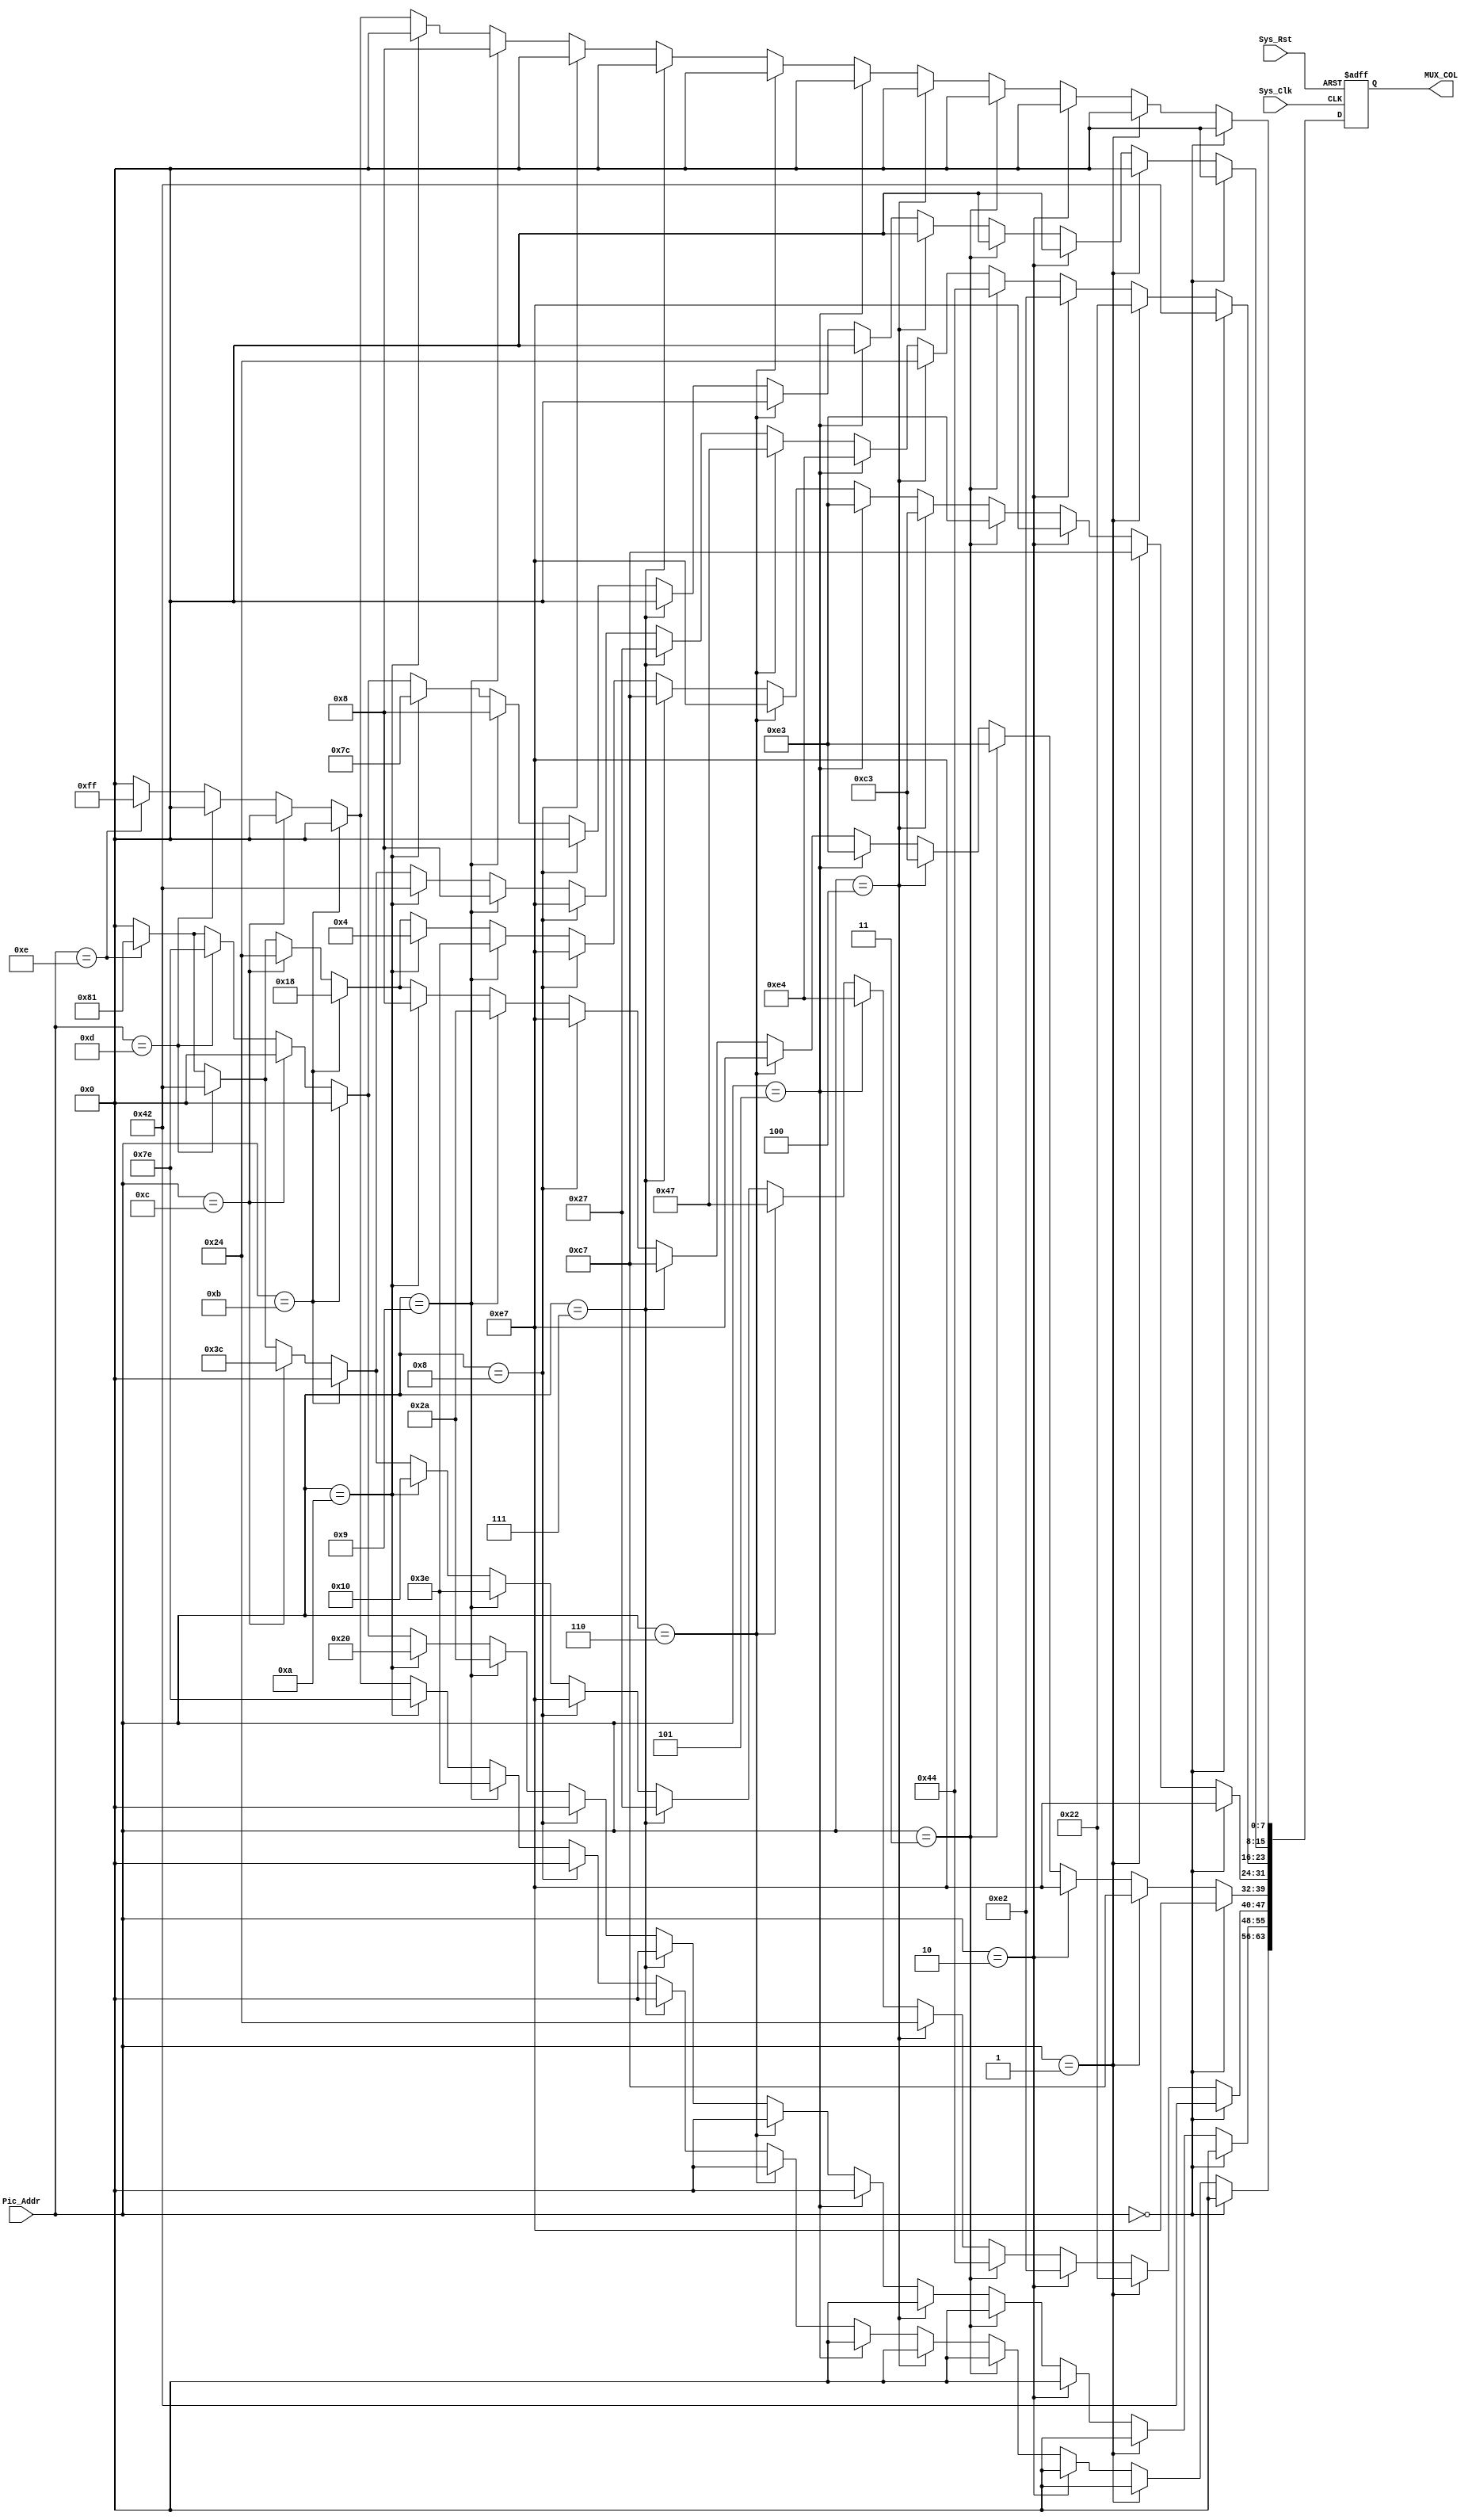
module MUX(
    input wire [7:0] Pic_Addr,
    input Sys_Clk,
    input Sys_Rst,
    output reg [63:0] MUX_COL
    );

    always@(posedge Sys_Clk or negedge Sys_Rst)begin
        if(!Sys_Rst)
            MUX_COL<=64'h0;
        else if(Pic_Addr==8'h00)begin//左石头右石头   地址：0x00
            MUX_COL[7 :0 ]<=8'h00;MUX_COL[15:8 ]<=8'h00;
            MUX_COL[23:16]<=8'h42;MUX_COL[31:24]<=8'hE7;
            MUX_COL[39:32]<=8'hE7;MUX_COL[47:40]<=8'h42;
            MUX_COL[55:48]<=8'h00;MUX_COL[63:56]<=8'h00;
        end
        else if(Pic_Addr==8'h01)begin//左石头右剪刀   地址：0x01
            MUX_COL[7 :0 ]<=8'h00;MUX_COL[15:8 ]<=8'h00;
            MUX_COL[23:16]<=8'h22;MUX_COL[31:24]<=8'hC7;
            MUX_COL[39:32]<=8'hC7;MUX_COL[47:40]<=8'h22;
            MUX_COL[55:48]<=8'h00;MUX_COL[63:56]<=8'h00;            
        end
        else if(Pic_Addr==8'h02)begin//左石头右布    地址：0x02
            MUX_COL[7 :0 ]<=8'h00;MUX_COL[15:8 ]<=8'h00;
            MUX_COL[23:16]<=8'hE2;MUX_COL[31:24]<=8'hE7;
            MUX_COL[39:32]<=8'hE7;MUX_COL[47:40]<=8'hE2;
            MUX_COL[55:48]<=8'h00;MUX_COL[63:56]<=8'h00;            
        end
        else if(Pic_Addr==8'h03)begin//左剪刀右石头   地址：0x03
            MUX_COL[7 :0 ]<=8'h00;MUX_COL[15:8 ]<=8'h00;
            MUX_COL[23:16]<=8'h44;MUX_COL[31:24]<=8'hE3;
            MUX_COL[39:32]<=8'hE3;MUX_COL[47:40]<=8'h44;
            MUX_COL[55:48]<=8'h00;MUX_COL[63:56]<=8'h00;            
        end 
        else if(Pic_Addr==8'h04)begin//左剪刀右剪刀   地址：0x04
            MUX_COL[7 :0 ]<=8'h00;MUX_COL[15:8 ]<=8'h00;
            MUX_COL[23:16]<=8'h24;MUX_COL[31:24]<=8'hC3;
            MUX_COL[39:32]<=8'hC3;MUX_COL[47:40]<=8'h24;
            MUX_COL[55:48]<=8'h00;MUX_COL[63:56]<=8'h00;
        end
        else if(Pic_Addr==8'h05)begin//左剪刀右布   地址：0x05
            MUX_COL[7 :0 ]<=8'h00;MUX_COL[15:8 ]<=8'h00;
            MUX_COL[23:16]<=8'hE4;MUX_COL[31:24]<=8'hE3;
            MUX_COL[39:32]<=8'hE3;MUX_COL[47:40]<=8'hE4;
            MUX_COL[55:48]<=8'h00;MUX_COL[63:56]<=8'h00;            
        end    
        else if(Pic_Addr==8'h06)begin//左布右石头   地址：0x06
            MUX_COL[7 :0 ]<=8'h00;MUX_COL[15:8 ]<=8'h00;
            MUX_COL[23:16]<=8'h47;MUX_COL[31:24]<=8'hE7;
            MUX_COL[39:32]<=8'hE7;MUX_COL[47:40]<=8'h47;
            MUX_COL[55:48]<=8'h00;MUX_COL[63:56]<=8'h00;            
        end  
        else if(Pic_Addr==8'h07)begin//左布右剪刀   地址：0x07
            MUX_COL[7 :0 ]<=8'h00;MUX_COL[15:8 ]<=8'h00;
            MUX_COL[23:16]<=8'h27;MUX_COL[31:24]<=8'hC7;
            MUX_COL[39:32]<=8'hC7;MUX_COL[47:40]<=8'h27;
            MUX_COL[55:48]<=8'h00;MUX_COL[63:56]<=8'h00;            
        end  
        else if(Pic_Addr==8'h08)begin//左布右布   地址：0x08
            MUX_COL[7 :0 ]<=8'h00;MUX_COL[15:8 ]<=8'h00;
            MUX_COL[23:16]<=8'hE7;MUX_COL[31:24]<=8'hE7;
            MUX_COL[39:32]<=8'hE7;MUX_COL[47:40]<=8'hE7;
            MUX_COL[55:48]<=8'h00;MUX_COL[63:56]<=8'h00;            
        end
		else if(Pic_Addr==8'h09)begin//甲胜利	  地址：0x09
			MUX_COL[7 :0 ]<=8'h08;MUX_COL[15:8 ]<=8'h08;
            MUX_COL[23:16]<=8'h08;MUX_COL[31:24]<=8'h3E;
            MUX_COL[39:32]<=8'h2A;MUX_COL[47:40]<=8'h3E;
            MUX_COL[55:48]<=8'h2A;MUX_COL[63:56]<=8'h3E;
		end
		else if(Pic_Addr==8'h0A)begin//乙胜利	  地址：0x0A
			MUX_COL[7 :0 ]<=8'h00;MUX_COL[15:8 ]<=8'h7C;
            MUX_COL[23:16]<=8'h042;MUX_COL[31:24]<=8'h04;
            MUX_COL[39:32]<=8'h08;MUX_COL[47:40]<=8'h10;
            MUX_COL[55:48]<=8'h20;MUX_COL[63:56]<=8'h7E;
		end
		else if(Pic_Addr==8'h0B)begin//开机界面0  地址：0x0B
			MUX_COL[7 :0 ]<=8'h00;MUX_COL[15:8 ]<=8'h00;
            MUX_COL[23:16]<=8'h00;MUX_COL[31:24]<=8'h18;
            MUX_COL[39:32]<=8'h18;MUX_COL[47:40]<=8'h00;
            MUX_COL[55:48]<=8'h00;MUX_COL[63:56]<=8'h00;
		end
		else if(Pic_Addr==8'h0C)begin//开机界面1  地址：0x0C
			MUX_COL[7 :0 ]<=8'h00;MUX_COL[15:8 ]<=8'h00;
            MUX_COL[23:16]<=8'h3C;MUX_COL[31:24]<=8'h24;
            MUX_COL[39:32]<=8'h24;MUX_COL[47:40]<=8'h3C;
            MUX_COL[55:48]<=8'h00;MUX_COL[63:56]<=8'h00;
		end
		else if(Pic_Addr==8'h0D)begin//开机界面2  地址：0x0D
			MUX_COL[7 :0 ]<=8'h00;MUX_COL[15:8 ]<=8'h7E;
            MUX_COL[23:16]<=8'h42;MUX_COL[31:24]<=8'h42;
            MUX_COL[39:32]<=8'h42;MUX_COL[47:40]<=8'h42;
            MUX_COL[55:48]<=8'h7E;MUX_COL[63:56]<=8'h00;
		end
		else if(Pic_Addr==8'h0E)begin//开机界面3  地址：0x0E
			MUX_COL[7 :0 ]<=8'hFF;MUX_COL[15:8 ]<=8'h81;
            MUX_COL[23:16]<=8'h81;MUX_COL[31:24]<=8'h81;
            MUX_COL[39:32]<=8'h81;MUX_COL[47:40]<=8'h81;
            MUX_COL[55:48]<=8'h81;MUX_COL[63:56]<=8'hFF;
		end
        else if(Pic_Addr==8'hFF)     //息屏       地址：0xFF
            MUX_COL[63:0]<=64'h0;
        else//其他情况不显示
            MUX_COL[63:0]<=64'h0;
    end
    
endmodule